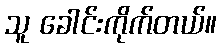
သူ ခေါင်းကိုက်တယ်။